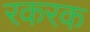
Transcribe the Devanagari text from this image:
रकरक